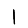
Digit: 1